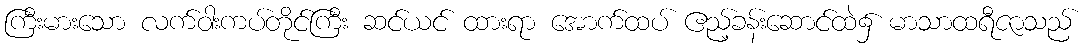
ကြီးမားသော လက်ဝါးကပ်တိုင်ကြီး ဆင်ယင် ထားရာ အောက်ထပ် ဧည့်ခန်းဆောင်ထဲ၌ မာသာထရီဇာသည်